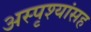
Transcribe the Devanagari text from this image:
अस्पृश्यांसह